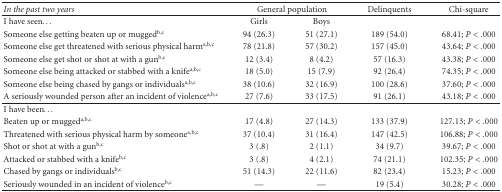
<table><thead><tr><td><b><i>In the past two years</i></b></td><td colspan="2"><b>General population</b></td><td><b>Delinquents</b></td><td><b>Chi-square</b></td></tr></thead><tbody><tr><td>I have seen...</td><td>Girls</td><td>Boys</td><td>[EMPTY_CELL]</td><td>[EMPTY_CELL]</td></tr><tr><td>Someone else getting beaten up or mugged<sup>b,c</sup></td><td>94 (26.3)</td><td>51 (27.1)</td><td>189 (54.0)</td><td>68.41; <i>P</i> &lt; .000</td></tr><tr><td>Someone else get threatened with serious physical harm<sup>a,b,c</sup></td><td>78 (21.8)</td><td>57 (30.2)</td><td>157 (45.0)</td><td>43.64; <i>P</i> &lt; .000</td></tr><tr><td>Someone else get shot or shot at with a gun<sup>b,c</sup></td><td>12 (3.4)</td><td>8 (4.2)</td><td>57 (16.3)</td><td>43.38; <i>P</i> &lt; .000</td></tr><tr><td>Someone else being attacked or stabbed with a knife<sup>a,b,c</sup></td><td>18 (5.0)</td><td>15 (7.9)</td><td>92 (26.4)</td><td>74.35; <i>P</i> &lt; .000</td></tr><tr><td>Someone else being chased by gangs or individuals<sup>a,b,c</sup></td><td>38 (10.6)</td><td>32 (16.9)</td><td>100 (28.6)</td><td>37.60; <i>P</i> &lt; .000</td></tr><tr><td>A seriously wounded person after an incident of violence<sup>a,b,c</sup></td><td>27 (7.6)</td><td>33 (17.5)</td><td>91 (26.1)</td><td>43.18; <i>P</i> &lt; .000</td></tr><tr><td>I have been...</td><td>[EMPTY_CELL]</td><td>[EMPTY_CELL]</td><td>[EMPTY_CELL]</td><td>[EMPTY_CELL]</td></tr><tr><td>Beaten up or mugged<sup>a,b,c</sup></td><td>17 (4.8)</td><td>27 (14.3)</td><td>133 (37.9)</td><td>127.13; <i>P</i> &lt; .000</td></tr><tr><td>Threatened with serious physical harm by someone<sup>a,b,c</sup></td><td>37 (10.4)</td><td>31 (16.4)</td><td>147 (42.5)</td><td>106.88; <i>P</i> &lt; .000</td></tr><tr><td>Shot or shot at with a gun<sup>b,c</sup></td><td>3 (.8)</td><td>2 (1.1)</td><td>34 (9.7)</td><td>39.67; <i>P</i> &lt; .000</td></tr><tr><td>Attacked or stabbed with a knife<sup>b,c</sup></td><td>3 (.8)</td><td>4 (2.1)</td><td>74 (21.1)</td><td>102.35; <i>P</i> &lt; .000</td></tr><tr><td>Chased by gangs or individuals<sup>b,c</sup></td><td>51 (14.3)</td><td>22 (11.6)</td><td>82 (23.4)</td><td>15.23; <i>P</i> &lt; .000</td></tr><tr><td>Seriously wounded in an incident of violence<sup>b,c</sup></td><td>—</td><td>—</td><td>19 (5.4)</td><td>30.28; <i>P</i> &lt; .000</td></tr></tbody></table>